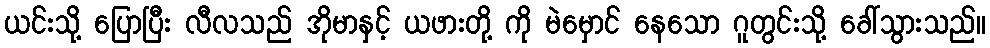
ယင်းသို့ ပြောပြီး လီလသည် အိုမာနှင့် ယဖားတို့ ကို မဲမှောင် နေသော ဂူတွင်းသို့ ခေါ်သွားသည်။